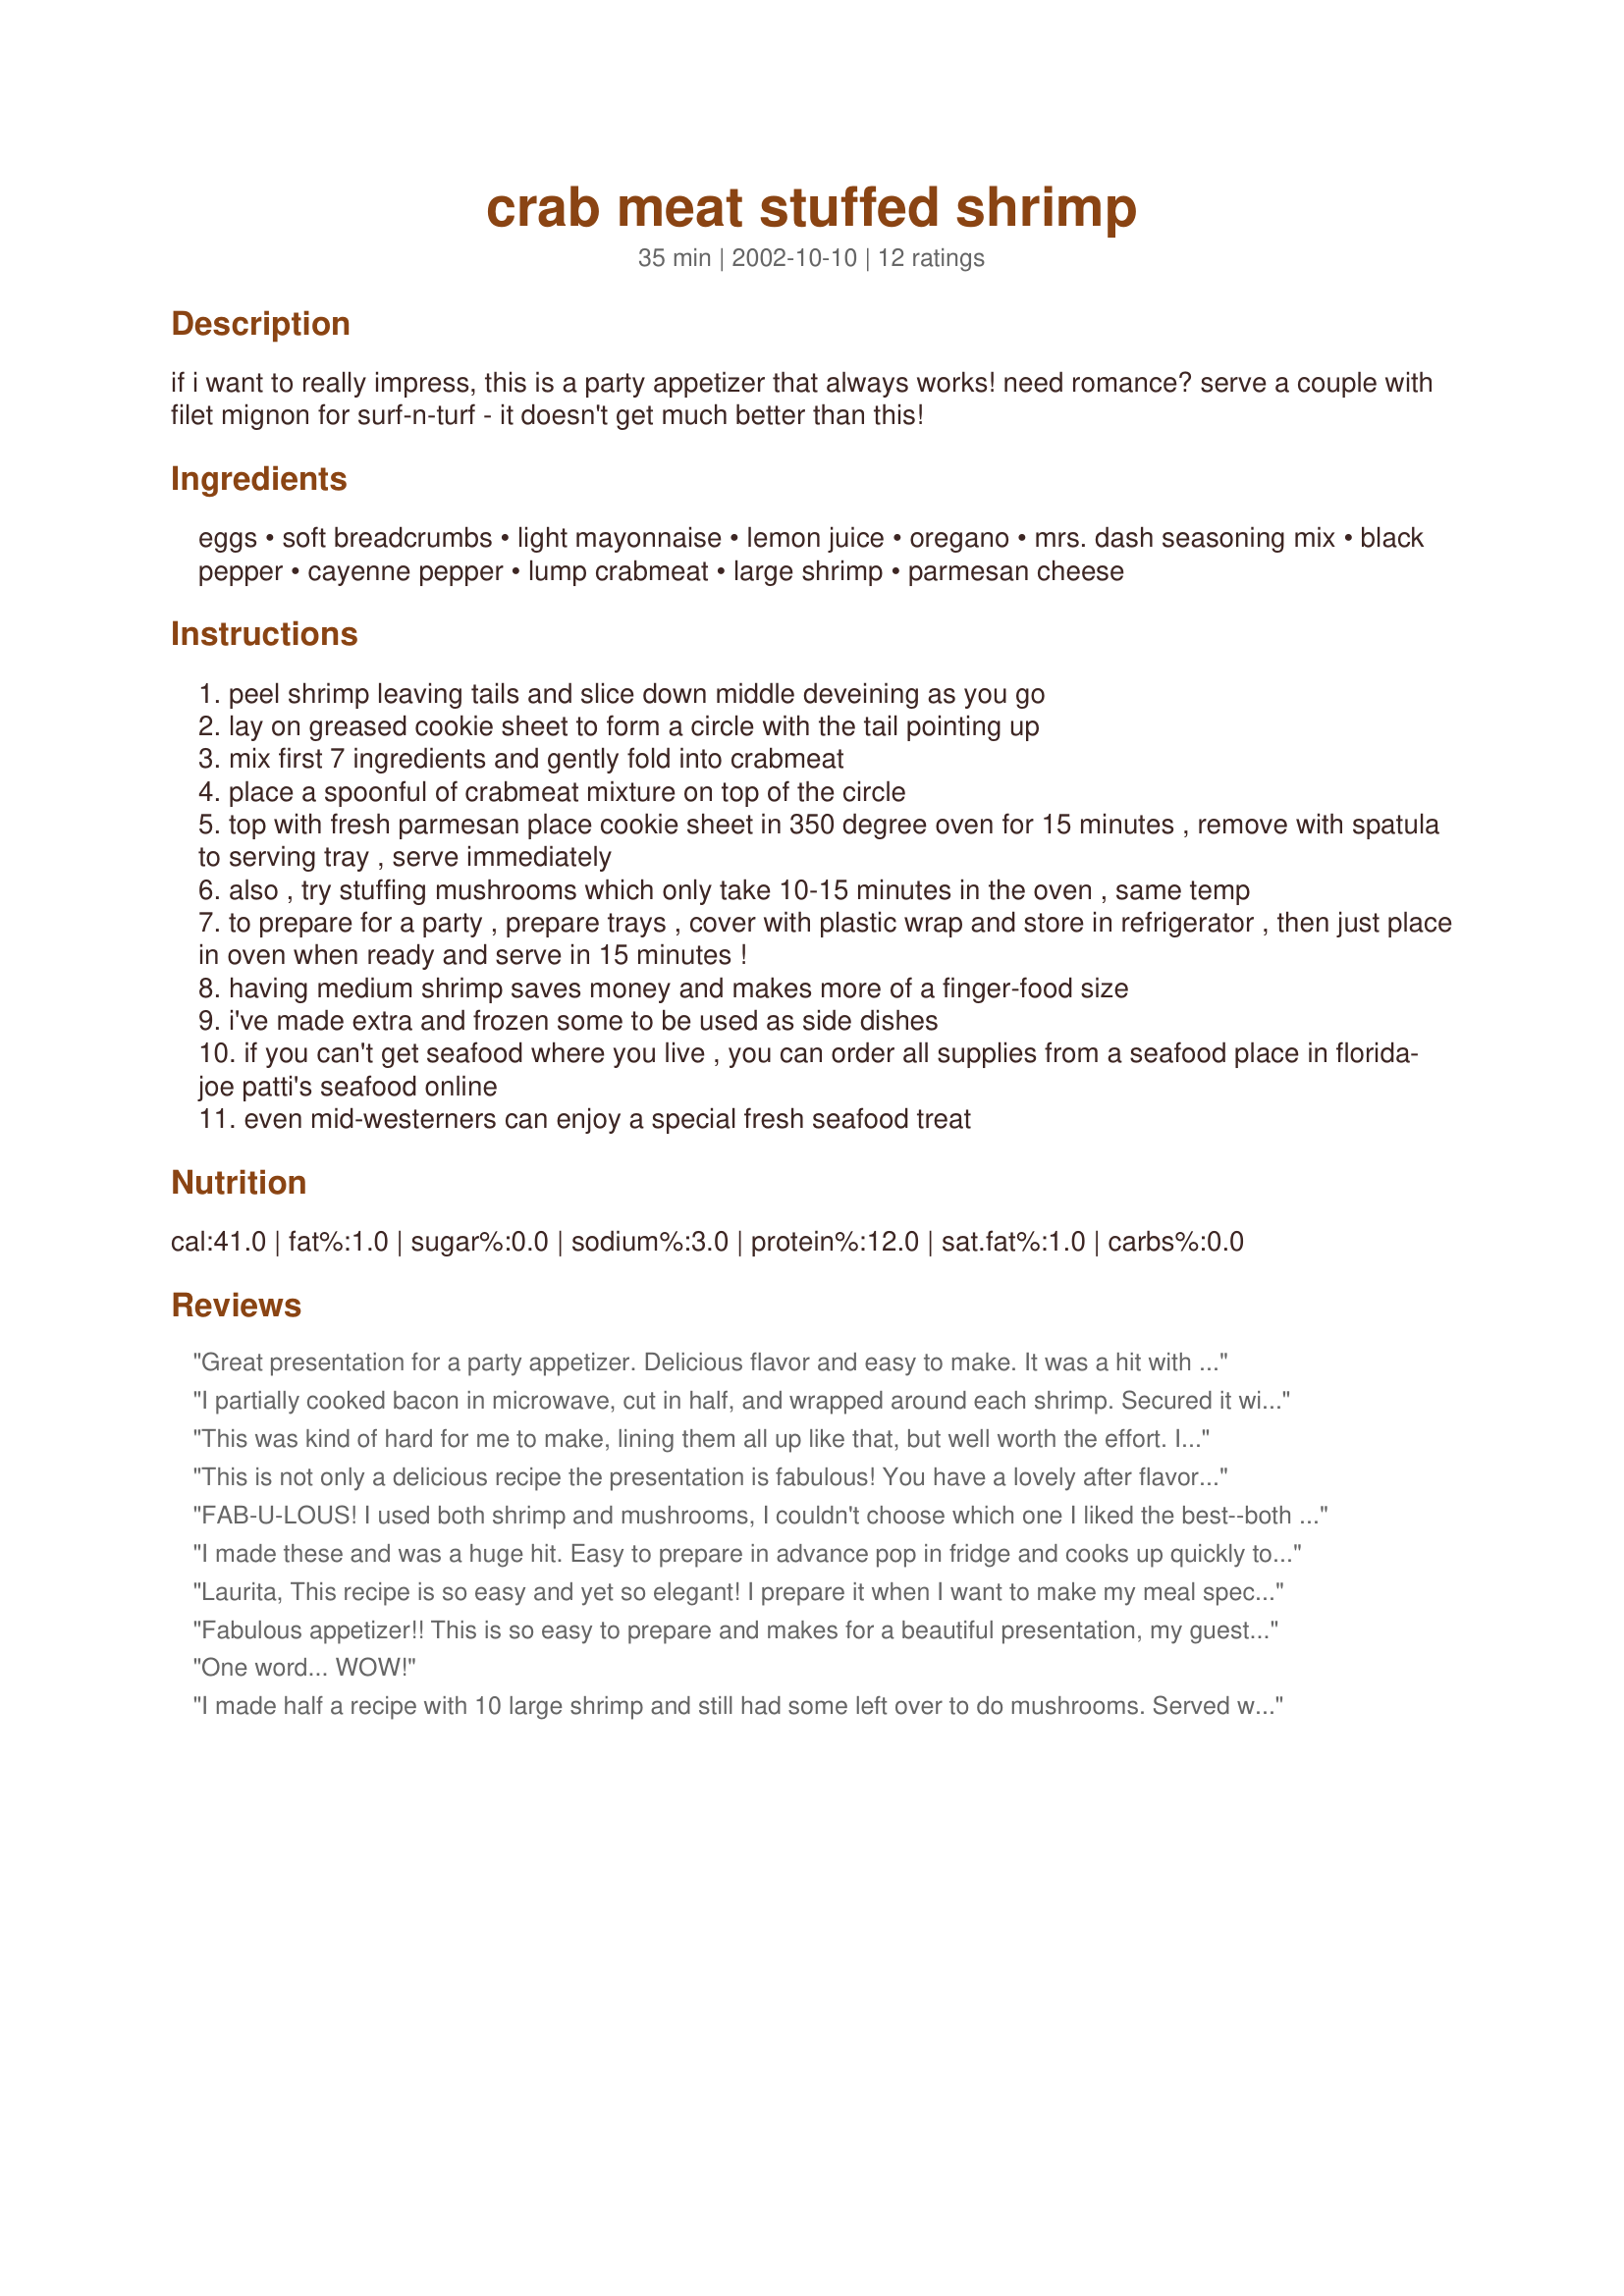
crab meat stuffed shrimp
Preparation time: 35 minutes

if i want to really impress, this is a party appetizer that always works! need romance? serve a couple with filet mignon for surf-n-turf - it doesn't get much better than this!

Ingredients:
eggs, soft breadcrumbs, light mayonnaise, lemon juice, oregano, mrs. dash seasoning mix, black pepper, cayenne pepper, lump crabmeat, large shrimp, parmesan cheese

Steps:
peel shrimp leaving tails and slice down middle deveining as you go
lay on greased cookie sheet to form a circle with the tail pointing up
mix first 7 ingredients and gently fold into crabmeat
place a spoonful of crabmeat mixture on top of the circle
top with fresh parmesan place cookie sheet in 350 degree oven for 15 minutes , remove with spatula to serving tray , serve immediately
also , try stuffing mushrooms which only take 10-15 minutes in the oven , same temp
to prepare for a party , prepare trays , cover with plastic wrap and store in refrigerator , then just place in oven when ready and serve in 15 minutes !
having medium shrimp saves money and makes more of a finger-food size
i've made extra and frozen some to be used as side dishes
if you can't get seafood where you live , you can order all supplies from a seafood place in florida- joe patti's seafood online
even mid-westerners can enjoy a special fresh seafood treat

Reviews:
Great presentation for a party appetizer. Delicious flavor and easy to make. It was a hit with my family.
I partially cooked bacon in microwave, cut in half, and wrapped around each shrimp. Secured it with a toothpick soaked in water and then grilled them. My husband raved about this recipe.
This was kind of hard for me to make, lining them all up like that, but well worth the effort. It made a colorful, beautiful display and was raved by my guests. I froze some uncooked, so hopefully, the next time will be a quickie! Thanks for a very nice tasty treat.
This is not only a delicious recipe the presentation is fabulous! You have a lovely after flavor left in your mouth from the combination of ingredients. I arranged the prawns with their tails sitting up just as you suggested and it really made an attractive appetizer. I agree that medium prawns are best. I put on the parmesan cheese and it gave a golden finish. Next time I will arrange the prawns in circles of three, one person servings) and put a spoonful of crab in the center of each 3 group. I can not get fresh crab but I bought canned crab chunks - You need the chunks - I suppose you could use artificial but for this recipe I like REAL crab - This is a special appetizer for special people Thanks Laurita for an elegant, very delicious appetizer 5 star all the way
FAB-U-LOUS! I used both shrimp and mushrooms, I couldn't choose which one I liked the best--both tasted incredible. Your guests and/or family will be impressed! My husband said it made him feel so special that I would go through all that trouble... heehee --I never told him how easy it was to make ;-) A Keeper...thanks for sharing...Pi-E
I made these and was a huge hit. Easy to prepare in advance pop in fridge and cooks up quickly to serve hot.
Laurita,
This recipe is so easy and yet so elegant! I prepare it when I want to make my meal special. The taste is awesome. 
BB from WI
Fabulous appetizer!! This is so easy to prepare and makes for a beautiful presentation, my guests devoured them and asked for the recipe. The next time I make them, (and there WILL be a next time) I'm going to stuff both shrimp and mushrooms. Thank you so much Laurita, for sharing this recipe. :-)
One word... WOW!
I made half a recipe with 10 large shrimp and still had some left over to do mushrooms. Served with Recipe #115976 and Recipe #26901. Great Meal for our anniversary.
Made as a "casserole" type meal, as I just had little shrimps. SO GOOD!
I made these little gems to pair with filet mignon for our wedding anniversary, and I am so glad I did! They were delicious, and took only a few minutes to assemble. I halved the recipe, and we have more than enough leftovers for a second meal. Can't wait for dinner tonight! Thank you for posting this!
